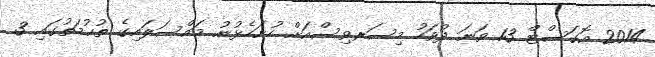
2014 އޮގަސްޓް 13 ވަނަ ދުވަހު މިސަރވިސްއަށް ހުށަހެޅުނު މައްސަލައިގެ ތުޙުމަތުގައި 3